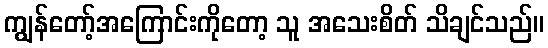
ကျွန်တော့်အကြောင်းကိုတော့ သူ အသေးစိတ် သိချင်သည်။